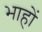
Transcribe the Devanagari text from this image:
भाहों